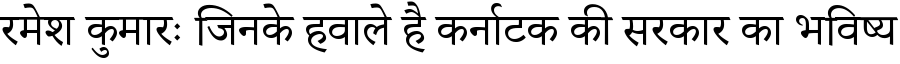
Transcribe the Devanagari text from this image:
रमेश कुमारः जिनके हवाले है कर्नाटक की सरकार का भविष्य